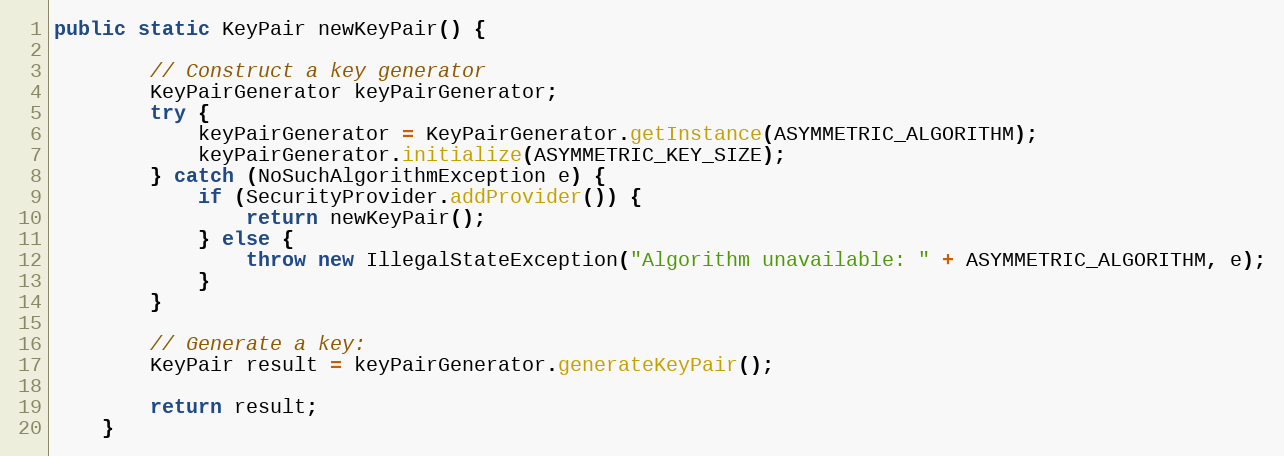
Language: Java
public static KeyPair newKeyPair() {

        // Construct a key generator
        KeyPairGenerator keyPairGenerator;
        try {
            keyPairGenerator = KeyPairGenerator.getInstance(ASYMMETRIC_ALGORITHM);
            keyPairGenerator.initialize(ASYMMETRIC_KEY_SIZE);
        } catch (NoSuchAlgorithmException e) {
            if (SecurityProvider.addProvider()) {
                return newKeyPair();
            } else {
                throw new IllegalStateException("Algorithm unavailable: " + ASYMMETRIC_ALGORITHM, e);
            }
        }

        // Generate a key:
        KeyPair result = keyPairGenerator.generateKeyPair();

        return result;
    }